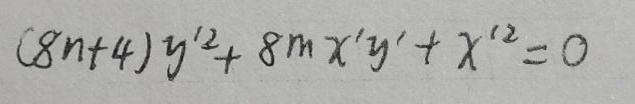
\[
(8n + 4)y'^{2}+8mx'y'+x'^{2}=0
\]